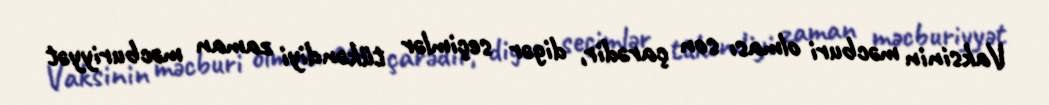
Vaksinin məcburi olması son çarədir, digər seçimlər tükəndiyi zaman məcburiyyət